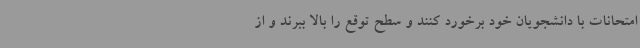
امتحانات با دانشجویان خود برخورد کنند و سطح توقع را بالا ببرند و از